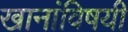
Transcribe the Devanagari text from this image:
खानांविषयी